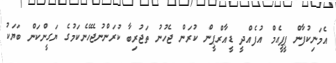
އެމަނިކުފާން ޕީޕީއެމް އުފެއްދީ ޑީއާރްޕީން ކުރަން ޖެހުނު ތަޖުރިބާ ކުރަންނުޖެހޭނެކަމުގެ ޔަގީންކަން ބަޔަކު